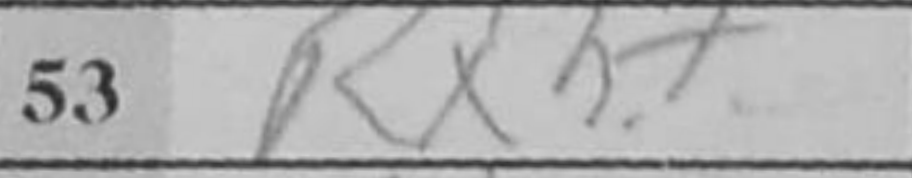
Transcription: Rxh7